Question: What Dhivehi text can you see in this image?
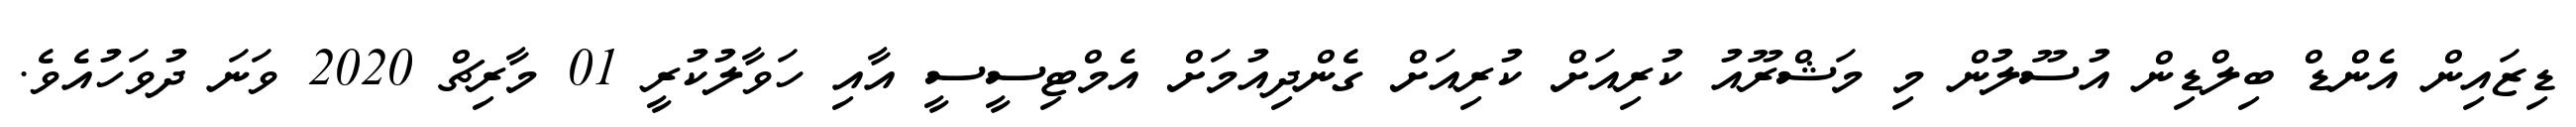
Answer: ޑިޒައިން އެންޑް ބިލްޑިން އުސޫލުން މި މަޝްރޫއު ކުރިއަށް ކުރިއަށް ގެންދިއުމަށް އެމްޓިސީސީ އާއި ހަވާލުކުރީ 01 މާރިޗް 2020 ވަނަ ދުވަހުއެވެ.